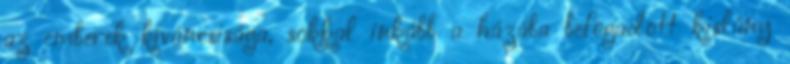
az emberek kíváncsisága, sokkal inkább a házába befogadott kislány